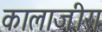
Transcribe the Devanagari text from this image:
कालाजीरा